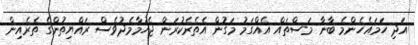
އަދި ހަމައެހެންމެ ބާނާ މަސްތައް އެއްގަމު މަގުން އެތެރެކުރަން ޖެހުމާމެދުވެސް ރައްޔިތުންގެ ތެރެއިން